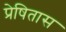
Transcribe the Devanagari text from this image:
प्रेषितास